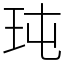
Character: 𤤀